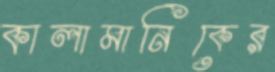
কালামানিকের